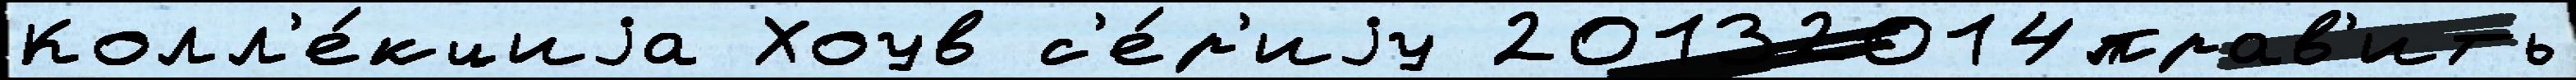
Колл'е́кциjа Хоув с'е́р'иjу 20132014прав'ить